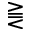
\gtreqqless